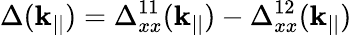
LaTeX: \Delta(\mathbf{k}_{||})=\Delta_{xx}^{11}(\mathbf{k}_{||})-\Delta_{xx}^{12}(\mathbf{k}_{||})